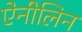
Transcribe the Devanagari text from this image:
ऐनीलिन